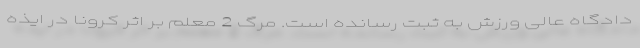
دادگاه عالی ورزش به ثبت رسانده است. مرگ 2 معلم بر اثر کرونا در ایذه